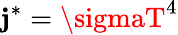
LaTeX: \mathbf{j}^{*}=\sigmaT^{4}